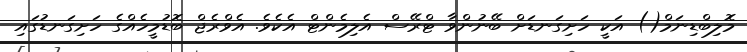
މޮލިބްޑިނަމް() އަކީ ހަށިގަނޑަށް ބޭނުންވާ ޓްރޭސް އެލިމެންޓް އެކެވެ. އެވްރެޖް ބޮޑުމީހެއްގެ ހަށިގަނޑުގައި